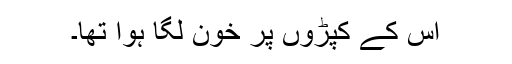
اس کے کپڑوں پر خون لگا ہوا تھا۔